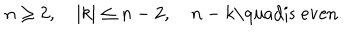
n \geq 2 , \quad | k | \leq n - 2 , \quad n - k \mathrm { \quad } \mathrm { i s ~ e v e n } .